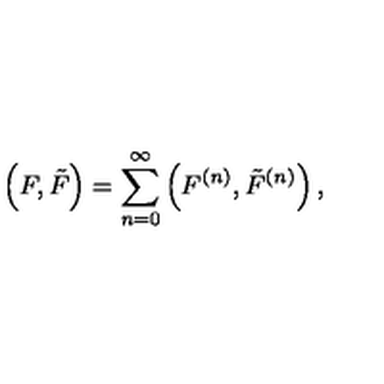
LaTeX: \left( F , { \tilde { F } } \right) = \sum _ { n = 0 } ^ { \infty } \left( F ^ { ( n ) } , { \tilde { F } } ^ { ( n ) } \right) ,